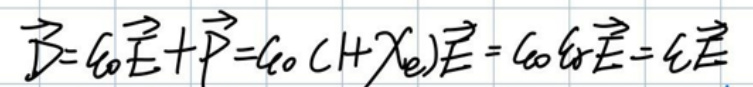
\(\vec{v} = v_0 \vec{i} + \vec{P} = v_0 (1 + \lambda_e) \vec{i} = v_0 v_r \vec{i} = v \vec{i}\)